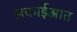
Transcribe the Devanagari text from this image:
स़काईआत